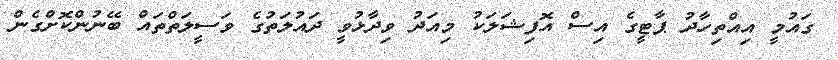
ގައުމީ އިއްތިހާދު ޕާޓީގެ އިސް އޮފިޝަލަކު މިއަދު ވިދާޅުވީ ދައުލަތުގެ ވަސީލަތްތައް ބޭނުންކޮށްގެން